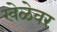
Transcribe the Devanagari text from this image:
खेळेवर